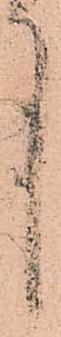
中